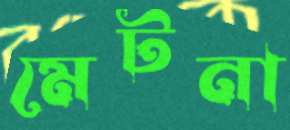
মেটনা